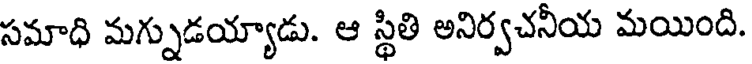
సమాధి మగ్నుడయ్యాడు. ఆ స్థితి అనిర్వచనీయ మయింది.